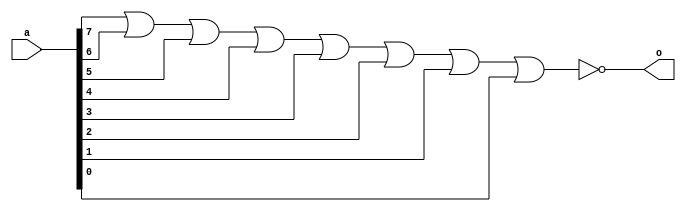
module ett_nor(output o,input [0:7]a);
nor g1(o,a[0],a[1],a[2],a[3],a[4],a[5],a[6],a[7]);
endmodule